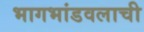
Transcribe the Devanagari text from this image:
भागभांडवलाची